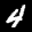
Label: 4